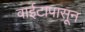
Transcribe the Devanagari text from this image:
वाईटापासून